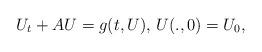
LaTeX: \begin{align*} U_t+AU=g(t,U), \,U(.,0)=U_0,\end{align*}